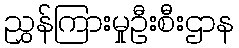
ညွှန်ကြားမှုဦးစီးဌာန